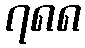
၇၈၈